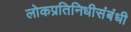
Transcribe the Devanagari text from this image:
लोकप्रतिनिधीसंबंधी